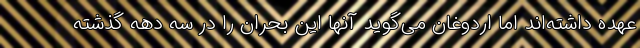
عهده داشته‌اند اما اردوغان می‌گوید آنها این بحران را در سه دهه گذشته